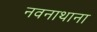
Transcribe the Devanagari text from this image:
नवनाथाना